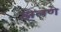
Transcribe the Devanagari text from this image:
झेलणे